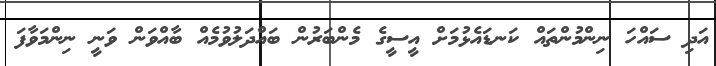
އަދި ސައްހަ ނިންމުންތައް ކަނޑައެޅުމަށް އީސީގެ މެންބަރުން ބައްދަލުވުމެއް ބާއްވަން ވަނީ ނިންމަވާފަ